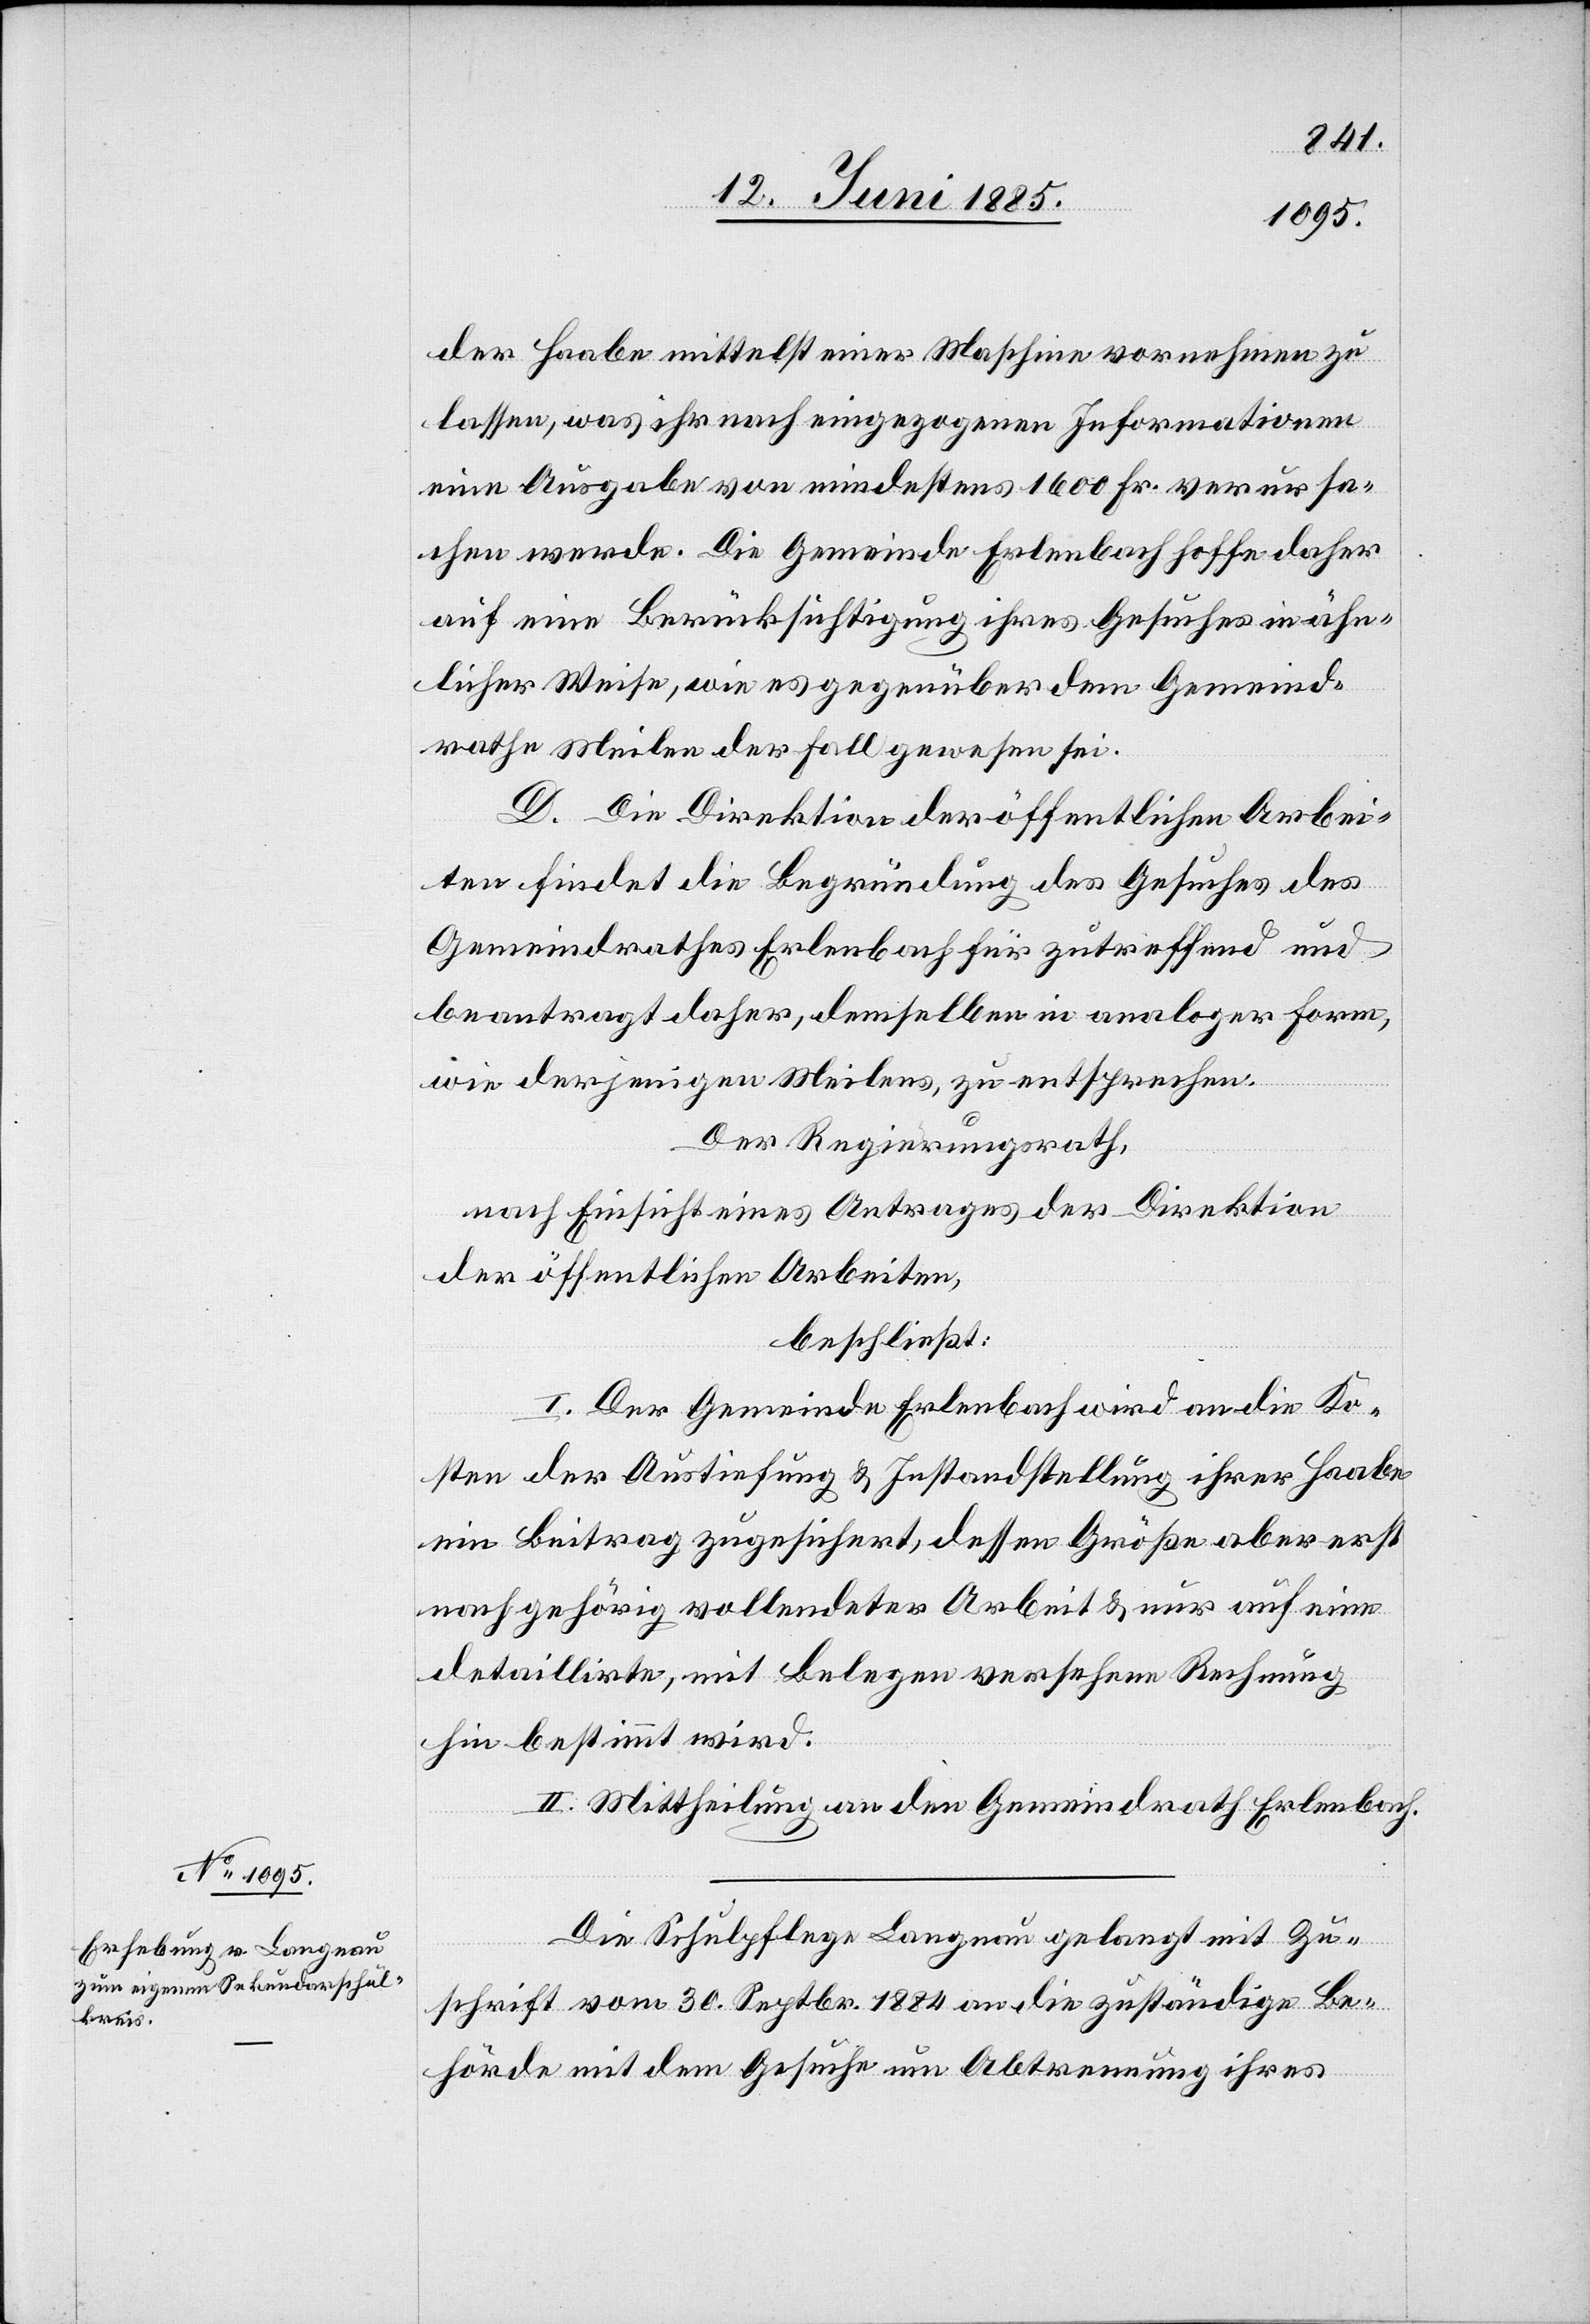
der Haabe mittelst einer Maschine vornehmen zu
lassen, was ihr nach eingegangenen Informationen
eine Ausgabe von mindestens 1600 Fr. verursa¬
chen werde. Die Gemeinde Erlenbach hoffe daher
auf eine Berücksichtigung ihres Gesuches in ähn¬
licher Weise, wie es gegenüber dem Gemeind¬
rathe Meilen der Fall gewesen sei.
D. Die Direktion der öffentlichen Arbei¬
ten findet die Begründung des Gesuches des
Gemeindrathes Erlenbach für zutreffend und
beantragt daher, demselben in analoger Form,
wie derjenigen Meilens, zu entsprechen.
Der Regierungsrath,
nach Einsicht eines Antrages der Direktion
der öffentlichen Arbeiten,
beschließt:
I. Der Gemeinde Erlenbach wird an die Ko¬
sten der Austiefung & Instandstellung ihrer Haabe
ein Beitrag zugesichert, dessen Größe aber erst
nach gehörig vollendeter Arbeit & nur auf eine
detaillirte, mit Belegen versehene Rechnung
hin bestimmt wird.
II. Mittheilung an den Gemeindrath Erlenbach.
Die Schulpflege Langnau gelangt mit Zu¬
schrift vom 30. Septbr. 1884 an die zuständige Be¬
hörde mit dem Gesuche um Abtrennung ihres